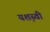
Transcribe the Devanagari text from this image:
यश़स्वी